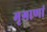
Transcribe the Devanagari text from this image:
मृगाणां